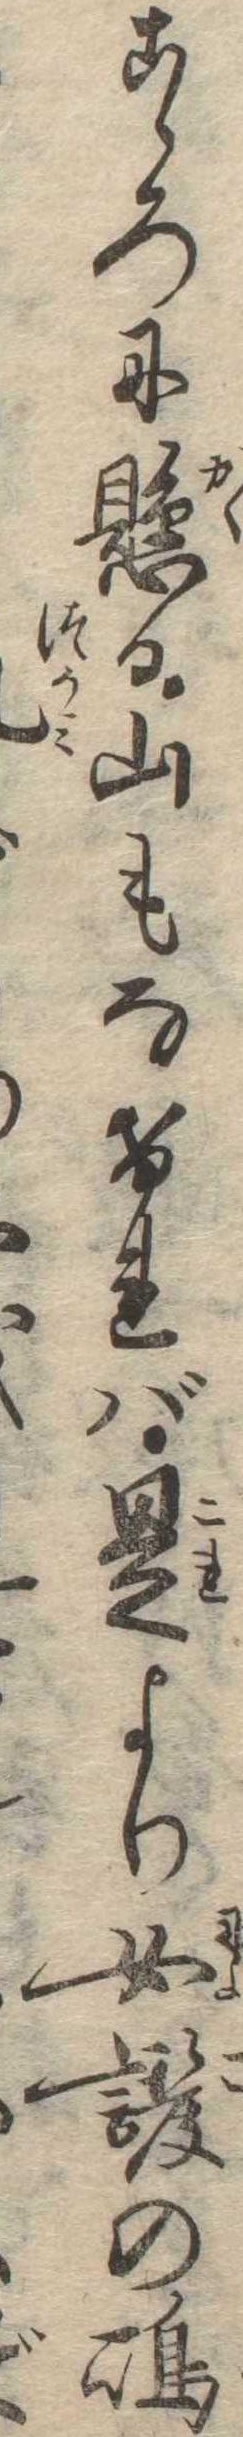
こゝろに懸る山もなければ是より女護の島